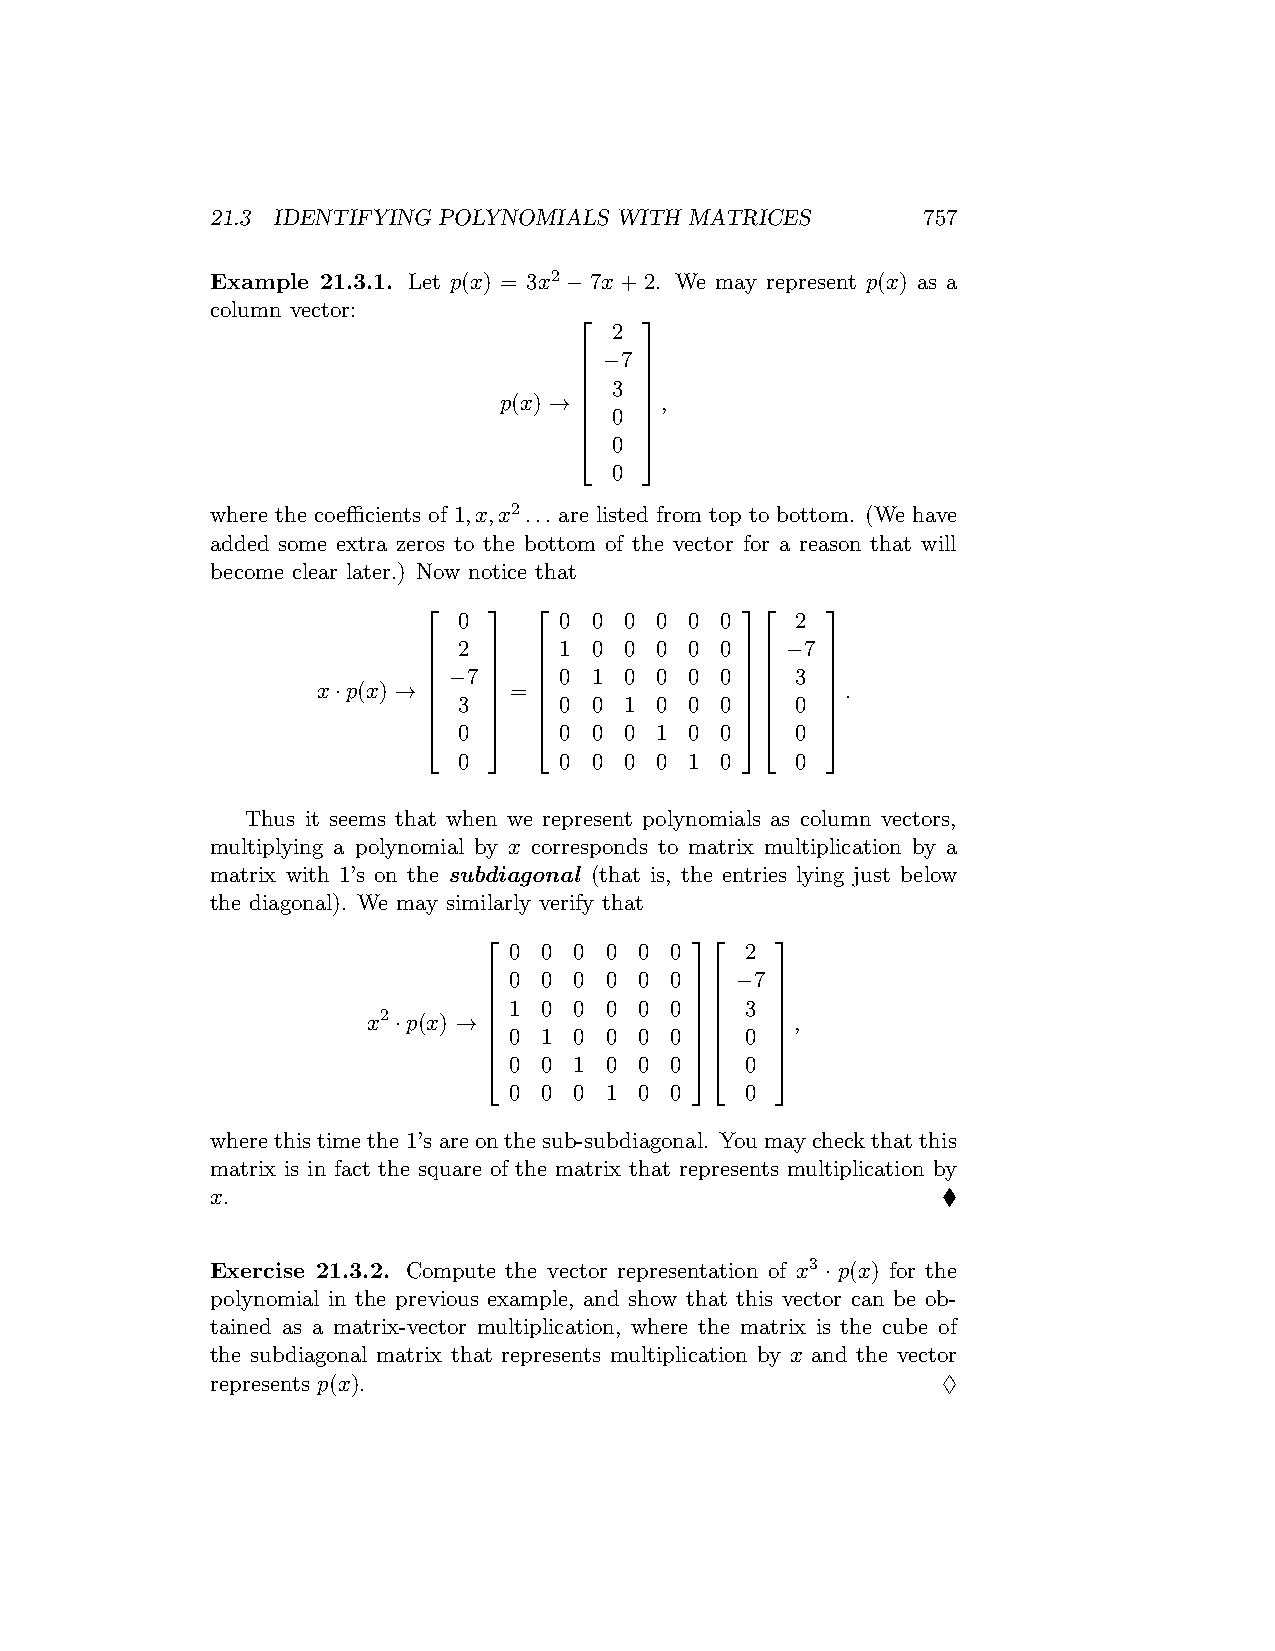
21.3 IDENTIFYING POLYNOMIALS WITH MATRICES     757
 Example 21.3.1. Let p(x) = 3x2 −7x+2. We may represent p(x) as a
 column vector:
     
 2
  −7 
     
   3 
 p(x) →   ,
   0 
     
   0 
 0
 where the coefficients of 1,x,x2... are listed from top to bottom. (We have
 added some extra zeros to the bottom of the vector for a reason that will
 become clear later.) Now notice that
                       
 0      0 0 0 0  0 0    2
  2    1 0 0 0  0 0  −7 
                       
  −7   0 1 0 0  0 0  3 
 x·p(x) →   =                 .
  3    0 0 1 0  0 0  0 
                       
  0    0 0 0 1  0 0  0 
 0      0 0 0 0  1 0    0
 Thus it seems that when we represent polynomials as column vectors,
 multiplying a polynomial by x corresponds to matrix multiplication by a
 matrix with 1’s on the subdiagonal (that is, the entries lying just below
 the diagonal). We may similarly verify that
                 
 0 0 0 0 0 0    2
  0 0 0 0 0 0  −7 
                 
 x2·p(x) →   1 0 0 0 0 0    3  ,
  0 1 0 0 0 0  0 
                 
  0 0 1 0 0 0  0 
 0 0 0 1 0 0    0
 where this time the 1’s are on the sub-subdiagonal. You may check that this
 matrix is in fact the square of the matrix that represents multiplication by
 x.                                              ♦
 Exercise 21.3.2. Compute the vector representation of x3 · p(x) for the
 polynomial in the previous example, and show that this vector can be ob-
 tained as a matrix-vector multiplication, where the matrix is the cube of
 the subdiagonal matrix that represents multiplication by x and the vector
 represents p(x).                                ♢